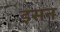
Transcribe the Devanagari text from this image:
इसन